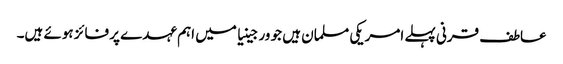
عاطف قرنی پہلے امریکی مسلمان ہیں جو ورجینیا میں اہم عہدے پر فائز ہوئے ہیں۔